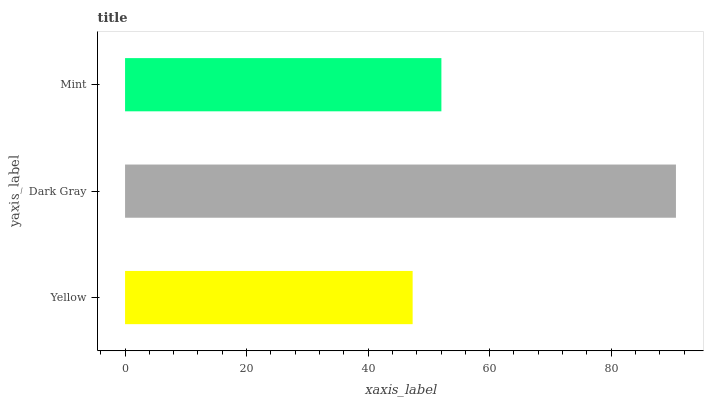
| yaxis_label | bars |
 | --- | --- |
 | Yellow | 47.3 |
 | Dark Gray | 90.7 |
 | Mint | 52.1 |